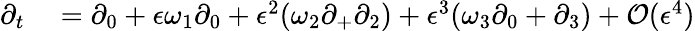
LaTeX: \begin{array}{rl}{\partial_{t}}&{{}=\partial_{0}+\epsilon\omega_{1}\partial_{0}+\epsilon^{2}(\omega_{2}\partial_{+}\partial_{2})+\epsilon^{3}(\omega_{3}\partial_{0}+\partial_{3})+\mathcal{O}(\epsilon^{4})}\end{array}